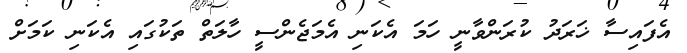
އެފައިސާ ޚަރަދު ކުރަންވާނީ ހަމަ އެކަނި އެމަޖެންސީ ހާލަތް ތަކުގައި އެކަނި ކަމަށް